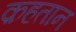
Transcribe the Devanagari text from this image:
क़हतान